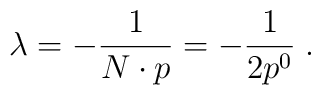
\lambda = -\frac{1}{N \cdot p} = - \frac{1}{2 p^0} \; .